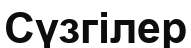
Сүзгілер